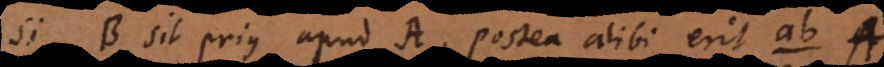
Si B sit prius apud A, postea alibi, erit a b